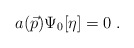
\begin{align*}a(\vec{p}) \Psi_0[\eta]=0 \; .\end{align*}